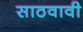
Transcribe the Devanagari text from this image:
साठवावी